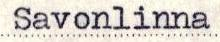
Savonlinna